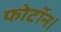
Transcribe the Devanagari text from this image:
फोटॉन।